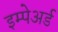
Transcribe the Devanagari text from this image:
इम्पेअर्ड